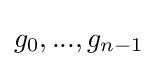
g_{0},...,g_{n-1}